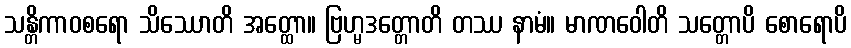
သန္တိကာဝစရော သိဿောတိ အတ္ထော။ ဗြဟ္မဒတ္တောတိ တဿ နာမံ။ မာဏဝေါတိ သတ္တောပိ စောရောပိ